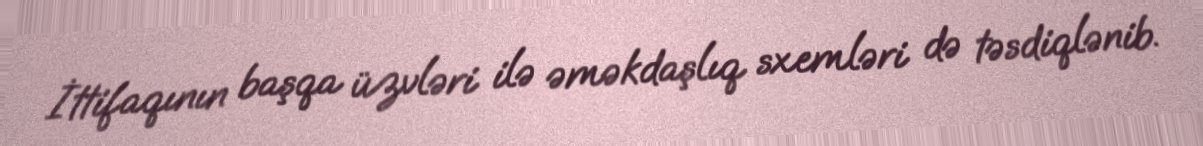
İttifaqının başqa üzvləri ilə əməkdaşlıq sxemləri də təsdiqlənib.